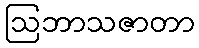
ဩဘာသဇာတာ